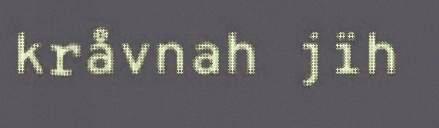
kråvnah jïh